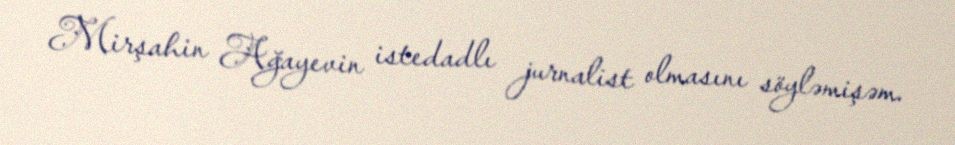
Mirşahin Ağayevin istedadlı jurnalist olmasını söyləmişəm.